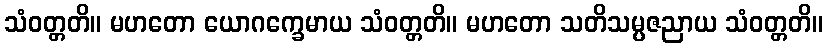
သံဝတ္တတိ။ မဟတော ယောဂက္ခေမာယ သံဝတ္တတိ။ မဟတော သတိသမ္ပဇညာယ သံဝတ္တတိ။